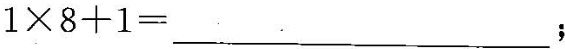
$$1 \times 8 + 1 = ___$$；